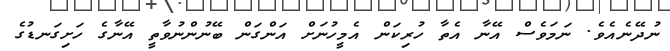
ނުދޭނެއެވެ. ނަމަވެސް އޭނާ އެތާ ހުރިކަން އެމީހުނަށް އަންގަން ބޭނުންނުވާތީ އޭނާގެ ހަށިގަނޑުގެ